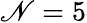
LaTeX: \mathscr{N}=5